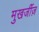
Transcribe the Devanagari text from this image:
मुखर्जीज़